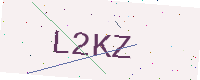
Text: L2KZ